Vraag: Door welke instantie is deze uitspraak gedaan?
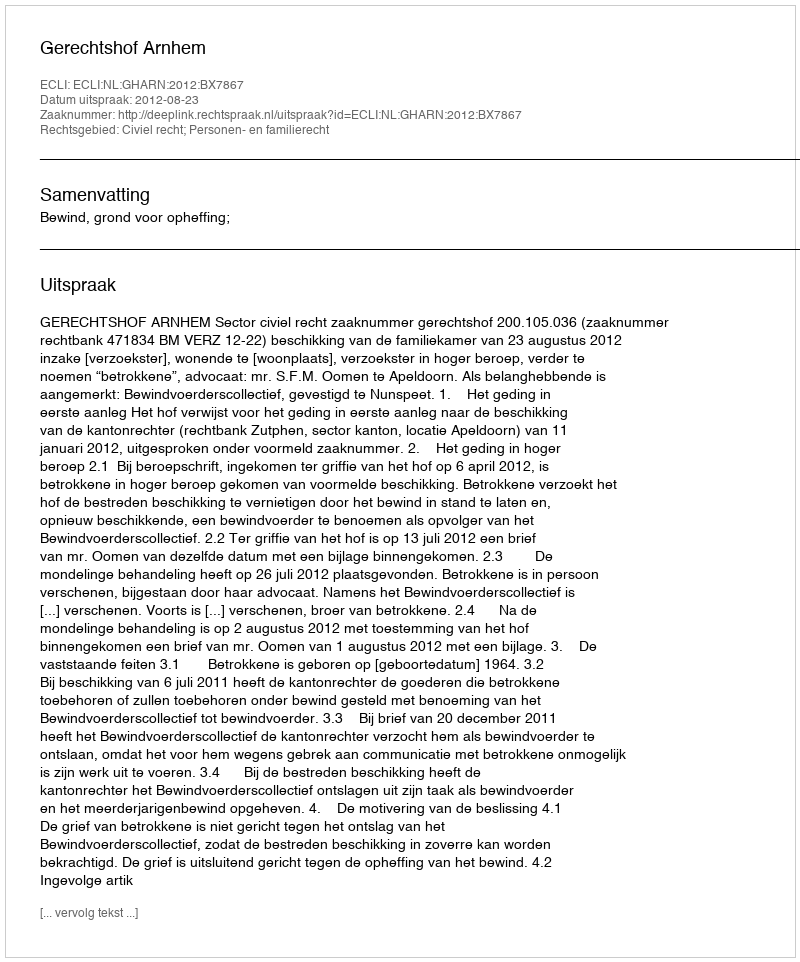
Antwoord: Gerechtshof Arnhem